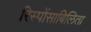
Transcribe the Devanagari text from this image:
रिस्पोंसाबिलिता